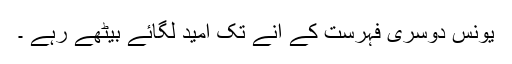
یونس دوسری فہرست کے آنے تک امید لگائے بیٹھے رہے ۔